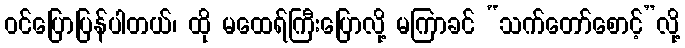
ဝင်ပြောပြန်ပါတယ်၊ ထို မထေရ်ကြီးပြောလို့ မကြာခင် “သက်တော်စောင့်”လို့